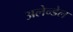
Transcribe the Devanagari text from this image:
अलेन्डेल